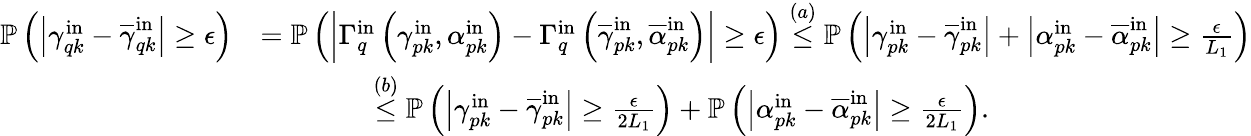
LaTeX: \begin{array}{rl}{\mathbb{P}\left(\left|\gamma_{qk}^{\mathrm{in}}-\overline{{\gamma}}_{qk}^{\mathrm{in}}\right|\geq\epsilon\right)}&{=\mathbb{P}\left(\left|\Gamma_{q}^{\mathrm{in}}\left(\gamma_{pk}^{\mathrm{in}},\alpha_{pk}^{\mathrm{in}}\right)-\Gamma_{q}^{\mathrm{in}}\left(\overline{{\gamma}}_{pk}^{\mathrm{in}},\overline{{\alpha}}_{pk}^{\mathrm{in}}\right)\right|\geq\epsilon\right)\stackrel{(a)}{\leq}\mathbb{P}\left(\left|\gamma_{pk}^{\mathrm{in}}-\overline{{\gamma}}_{pk}^{\mathrm{in}}\right|+\left|\alpha_{pk}^{\mathrm{in}}-\overline{{\alpha}}_{pk}^{\mathrm{in}}\right|\geq\frac{\epsilon}{L_{1}}\right)}\\ &{\qquad\qquad\stackrel{(b)}{\leq}\mathbb{P}\left(\left|\gamma_{pk}^{\mathrm{in}}-\overline{{\gamma}}_{pk}^{\mathrm{in}}\right|\geq\frac{\epsilon}{2L_{1}}\right)+\mathbb{P}\left(\left|\alpha_{pk}^{\mathrm{in}}-\overline{{\alpha}}_{pk}^{\mathrm{in}}\right|\geq\frac{\epsilon}{2L_{1}}\right).}\end{array}